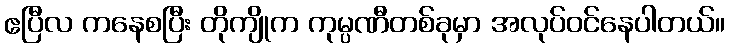
ဧပြီလ ကနေစပြီး တိုကျိုက ကုမ္ပဏီတစ်ခုမှာ အလုပ်ဝင်နေပါတယ်။